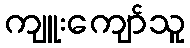
ကျူးကျော်သူ